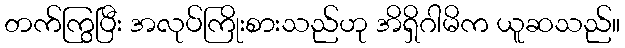
တက်ကြွပြီး အလုပ်ကြိုးစားသည်ဟု အိရှိဂါမိက ယူဆသည်။